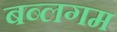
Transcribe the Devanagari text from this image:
बब्लगम